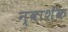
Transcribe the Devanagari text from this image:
न्वाशेक